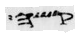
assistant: קשה